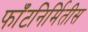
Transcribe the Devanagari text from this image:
फाँटनिर्मितीस